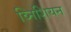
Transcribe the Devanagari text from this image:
व्निशियन